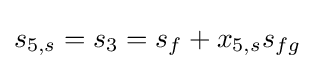
s_{5,s}=s_{3}=s_{f}+x_{5,s}s_{fg}